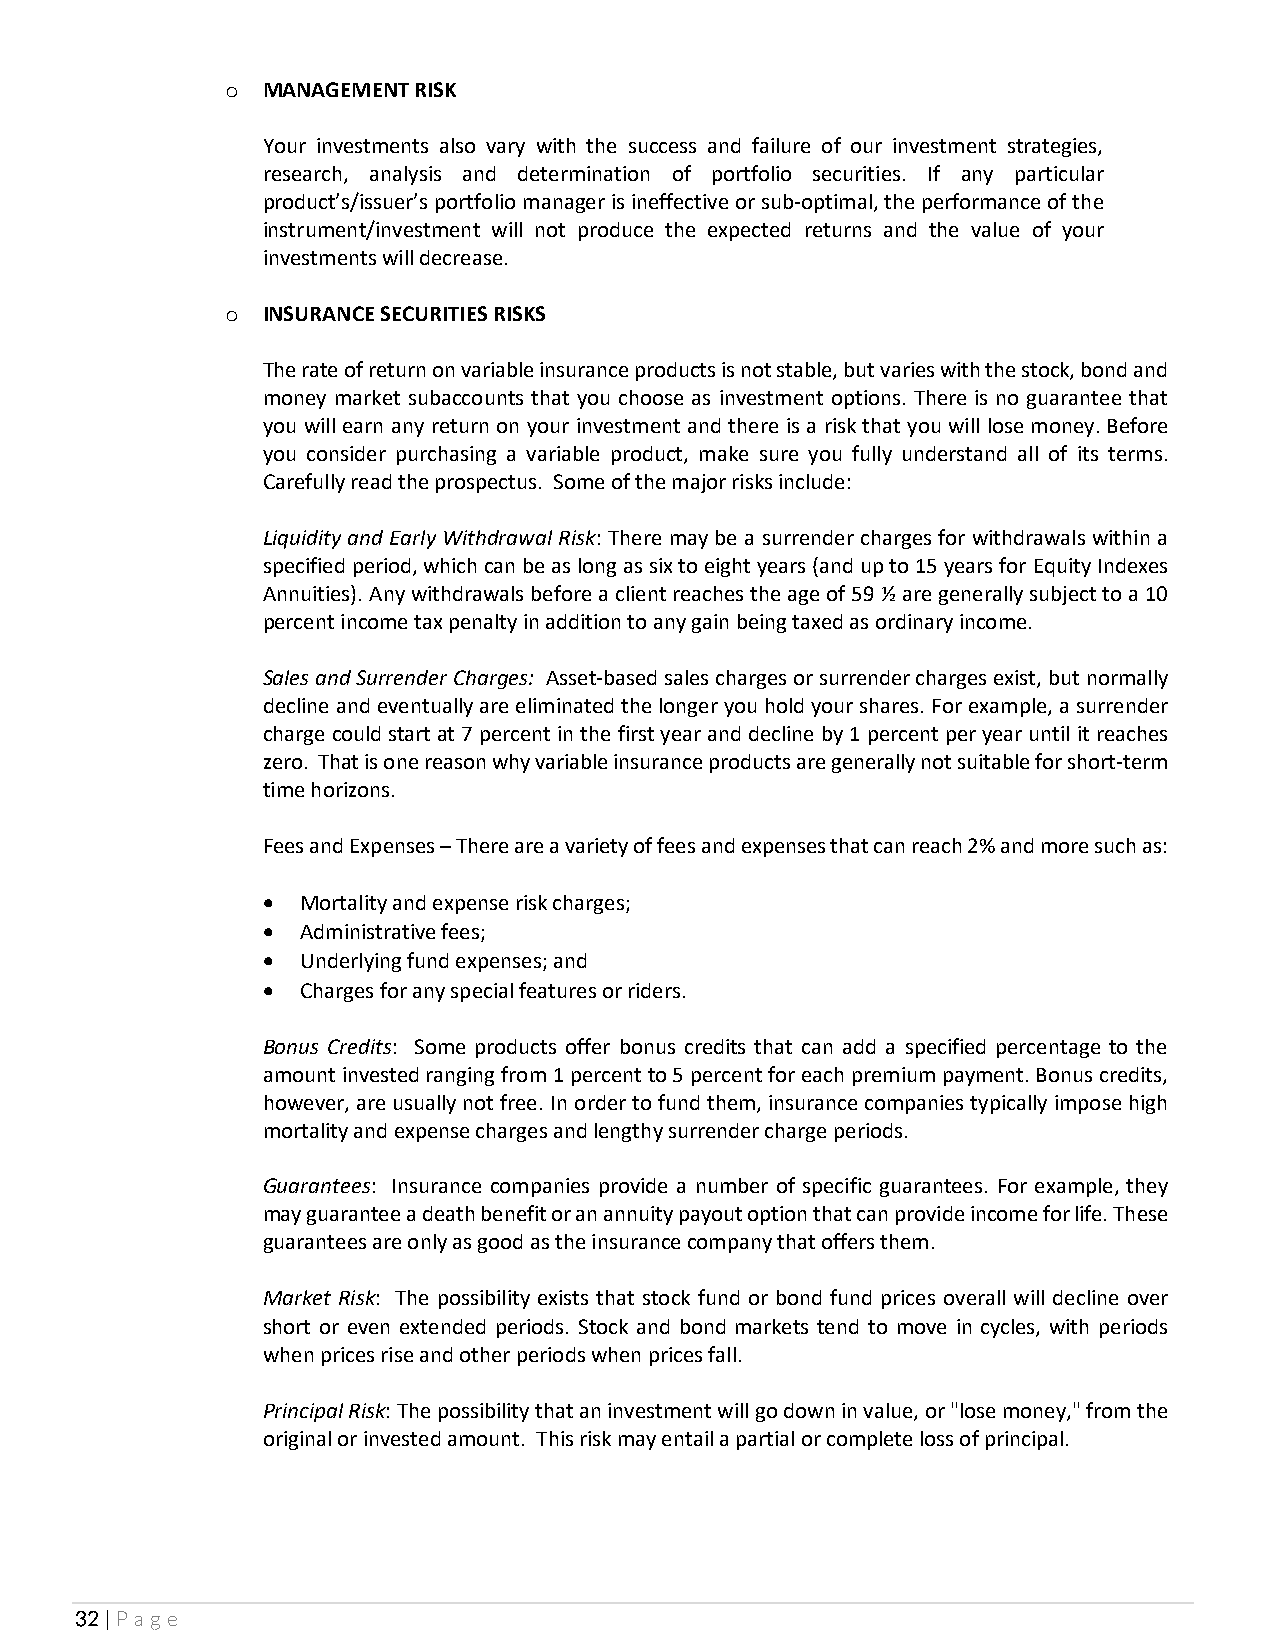
o MANAGEMENT RISK
 Your investments also vary with the success and failure of our investment strategies,
 research, analysis and determination of portfolio securities. If any particular
 product’s/issuer’s portfolio manager is ineffective or sub-optimal, the performance of the
 instrument/investment will not produce the expected returns and the value of your
 investments will decrease.
 o INSURANCE SECURITIES RISKS
 The rate of return on variable insurance products is not stable, but varies with the stock, bond and
 money market subaccounts that you choose as investment options. There is no guarantee that
 you will earn any return on your investment and there is a risk that you will lose money. Before
 you consider purchasing a variable product, make sure you fully understand all of its terms.
 Carefully read the prospectus. Some of the major risks include:
 Liquidity and Early Withdrawal Risk: There may be a surrender charges for withdrawals within a
 specified period, which can be as long as six to eight years (and up to 15 years for Equity Indexes
 Annuities). Any withdrawals before a client reaches the age of 59 ½ are generally subject to a 10
 percent income tax penalty in addition to any gain being taxed as ordinary income.
 Sales and Surrender Charges: Asset-based sales charges or surrender charges exist, but normally
 decline and eventually are eliminated the longer you hold your shares. For example, a surrender
 charge could start at 7 percent in the first year and decline by 1 percent per year until it reaches
 zero. That is one reason why variable insurance products are generally not suitable for short-term
 time horizons.
 Fees and Expenses – There are a variety of fees and expenses that can reach 2% and more such as:
 •  Mortality and expense risk charges;
 •  Administrative fees;
 •  Underlying fund expenses; and
 •  Charges for any special features or riders.
 Bonus Credits: Some products offer bonus credits that can add a specified percentage to the
 amount invested ranging from 1 percent to 5 percent for each premium payment. Bonus credits,
 however, are usually not free. In order to fund them, insurance companies typically impose high
 mortality and expense charges and lengthy surrender charge periods.
 Guarantees: Insurance companies provide a number of specific guarantees. For example, they
 may guarantee a death benefit or an annuity payout option that can provide income for life. These
 guarantees are only as good as the insurance company that offers them.
 Market Risk: The possibility exists that stock fund or bond fund prices overall will decline over
 short or even extended periods. Stock and bond markets tend to move in cycles, with periods
 when prices rise and other periods when prices fall.
 Principal Risk: The possibility that an investment will go down in value, or "lose money," from the
 original or invested amount. This risk may entail a partial or complete loss of principal.
 32 | Page